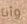
وأنا